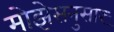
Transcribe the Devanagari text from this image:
मोझेसनुसार